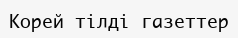
Корей тілді газеттер